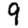
Digit: 9